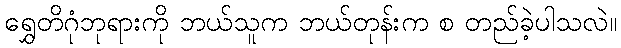
ရွှေတိဂုံဘုရားကို ဘယ်သူက ဘယ်တုန်းက စ တည်ခဲ့ပါသလဲ။